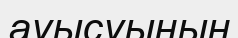
ауысуынын